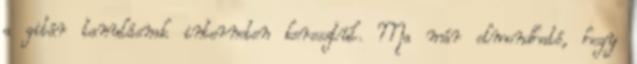
a gitár tanulásnak interneten keresztül. Ma már elmondható, hogy